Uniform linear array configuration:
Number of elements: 16
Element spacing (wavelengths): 0.25
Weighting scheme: blackman
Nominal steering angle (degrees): -30
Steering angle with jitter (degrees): -29.747
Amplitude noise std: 0.05
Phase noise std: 0.05

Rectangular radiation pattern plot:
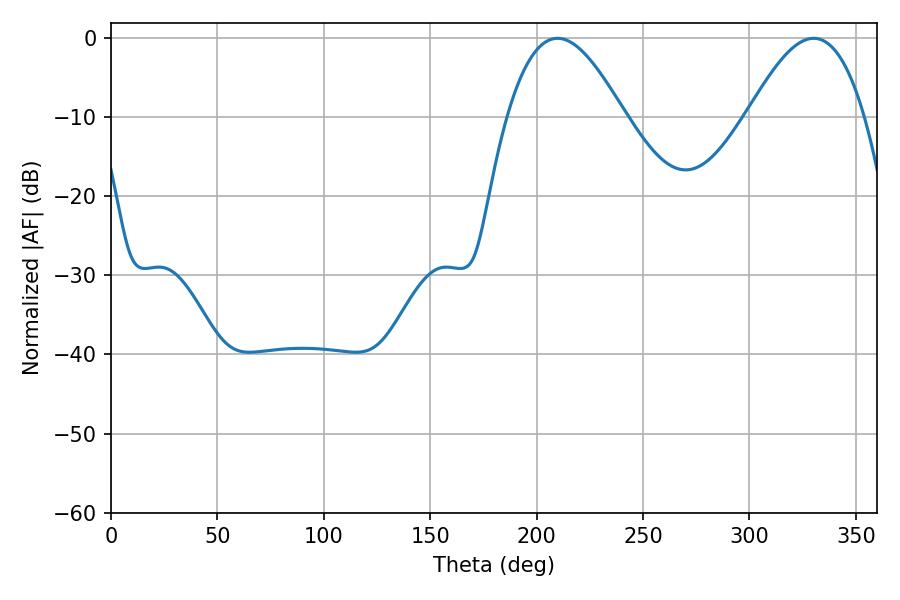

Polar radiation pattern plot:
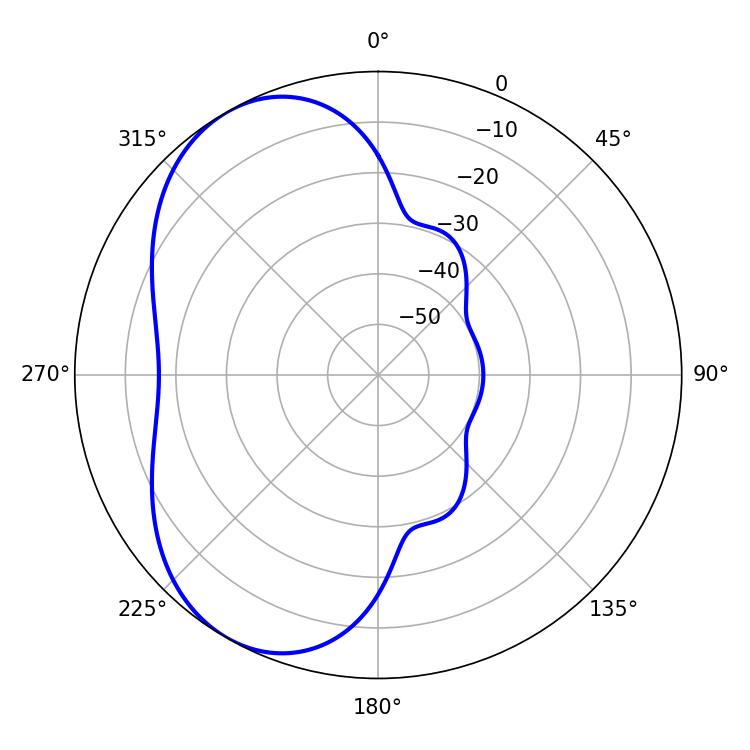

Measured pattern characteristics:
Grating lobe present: FALSE
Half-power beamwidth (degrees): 29.7
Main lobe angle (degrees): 209.88